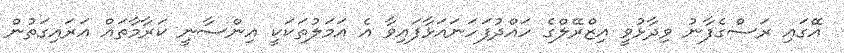
އޭގައި ރަސްގެފާނު ވިދާޅުވީ އިޒްރޭލްގެ ހައްދުފަހަނައަޅާފައިވާ އެ އަމަލުތަކަކީ އިންސާނީ ކަރާމާތައް އަރައިގަތުން